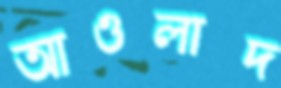
আওলাদ